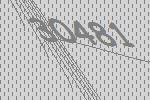
30481